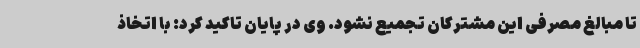
تا مبالغ مصرفی این مشترکان تجمیع نشود. وی در پایان تاکید کرد: با اتخاذ